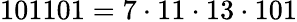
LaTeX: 101101=7\cdot 11\cdot 13\cdot 101